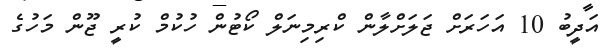
އަދީބު 10 އަހަރަށް ޖަލަށްލާން ކްރިމިނަލް ކޯޓުން ހުކުމް ކުރީ ޖޫން މަހުގެ